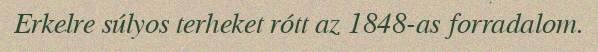
Erkelre súlyos terheket rótt az 1848-as forradalom.